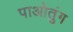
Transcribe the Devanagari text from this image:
पाओतुंग